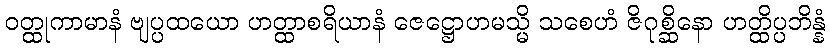
ဝတ္ထုကာမာနံ ဗျပ္ပထယော ဟတ္ထာစရိယာနံ ဇေဋ္ဌောဟမသ္မိ သစေဟံ ဇိဂုစ္ဆိနော ဟတ္ထိပ္ပဘိန္နံ